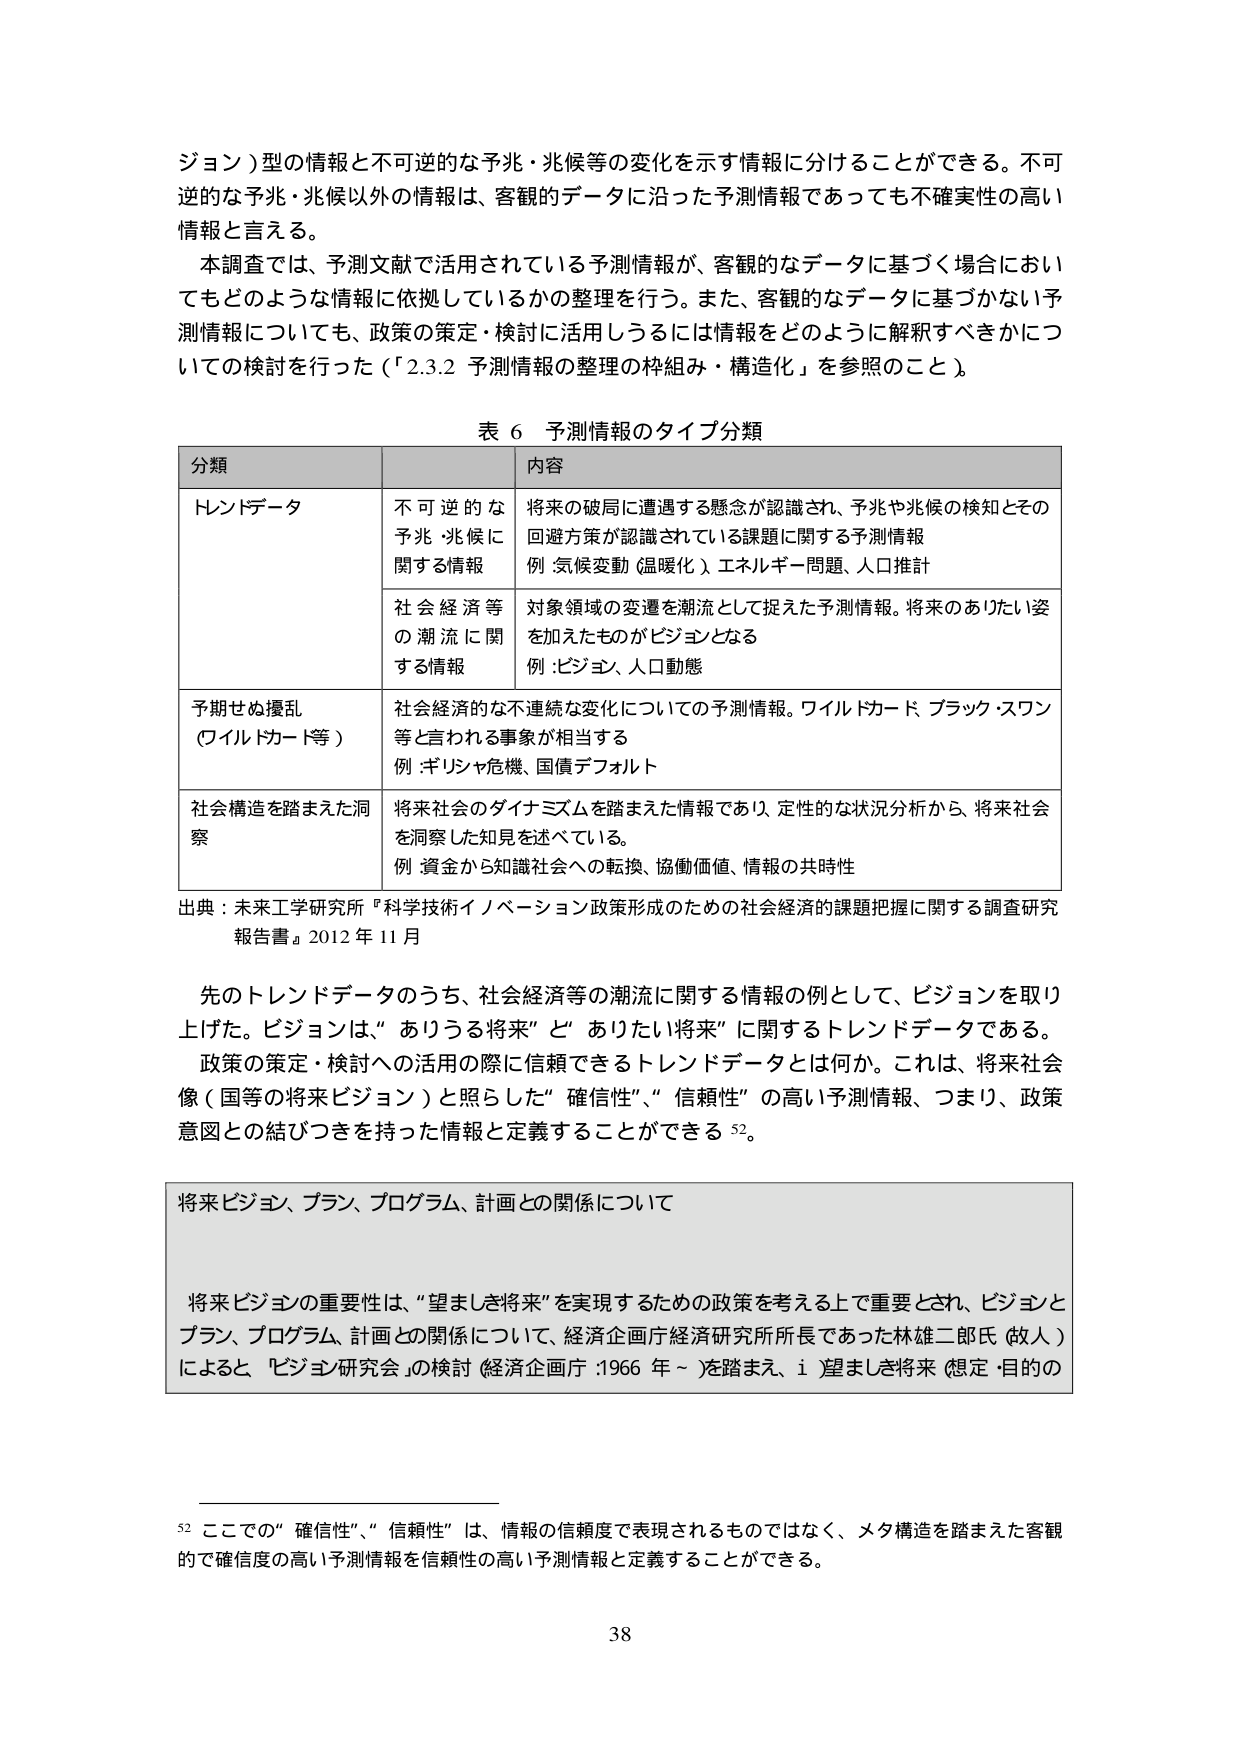
ジョン）型の情報と不可逆的な予兆・兆候等の変化を示す情報に分けることができる。不可逆的な予兆・兆候以外の情報は、客観的データに沿った予測情報であっても不確実性の高い情報と言える。

本調査では、予測文献で活用されている予測情報が、客観的なデータに基づく場合においてもどのような情報に依拠しているかの整理を行う。また、客観的なデータに基づかない予測情報についても、政策の策定・検討に活用しうるには情報をどのように解釈すべきかについての検討を行った（「2.3.2 予測情報の整理の枠組み・構造化」を参照のこと）。

表６ 予測情報のタイプ分類

分類 内容
トレンドデータ 不可逆的な予兆・兆候に関する情報 将来の破局に遭遇する懸念が認識され、予兆や兆候の検知とその回避方策が認識されている課題に関する予測情報
例：気候変動（温暖化）、エネルギー問題、人口推計
社会経済等の潮流に関する情報 対象領域の変遷を潮流として捉えた予測情報。将来のありたい姿を加えたものがビジョンとなる
例：ビジョン、人口動態
予期せぬ擾乱（ワイルドカード等） 社会経済的な不連続な変化についての予測情報。ワイルドカード、ブラック・スワン等と言われる事象が相当する
例：ギリシャ危機、国債デフォルト
社会構造を踏まえた洞察 将来社会のダイナミズムを踏まえた情報であり、定性的な状況分析から、将来社会を洞察した知見を述べている。
例：資金から知識社会への転換、協働価値、情報の共時性

出典：未来工学研究所『科学技術イノベーション政策形成のための社会経済的課題把握に関する調査研究報告書』2012年11月

先のトレンドデータのうち、社会経済等の潮流に関する情報の例として、ビジョンを取り上げた。ビジョンは、“ありうる将来”と“ありたい将来”に関するトレンドデータである。政策の策定・検討への活用の際に信頼できるトレンドデータとは何か。これは、将来社会像（国等の将来ビジョン）と照らした“確信性”、“信頼性”の高い予測情報、つまり、政策意図との結びつきを持った情報と定義することができる 52。

将来ビジョン、プラン、プログラム、計画との関係について

将来ビジョンの重要性は、“望ましき将来”を実現するための政策を考える上で重要とされ、ビジョンとプラン、プログラム、計画との関係について、経済企画庁経済研究所所長であった林雄二郎氏（故人）によると、“ビジョン研究会”の検討（経済企画庁：1966年～）を踏まえ、i）望ましき将来（想定・目的の

52 ここでの“確信性”、“信頼性”は、情報の信頼度で表現されるものではなく、メタ構造を踏まえた客観的で確信度の高い予測情報を信頼性の高い予測情報と定義することができる。

38